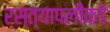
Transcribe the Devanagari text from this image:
रस्त्यापलीकडे